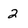
Character: 2